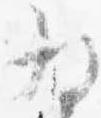
為